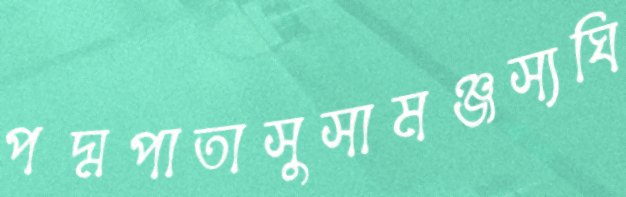
পদ্মপাতাসুসামঞ্জস্যঘি